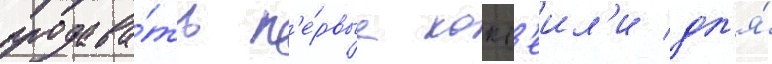
продава́ть п'е́рвые кокт'еил'и дл'я́